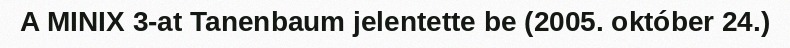
A MINIX 3-at Tanenbaum jelentette be (2005. október 24.)